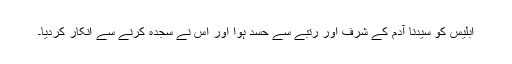
ابلیس کو سیّدنا آدمؑ کے شرف اور رتبے سے حسد ہوا اور اس نے سجدہ کرنے سے انکار کردیا۔